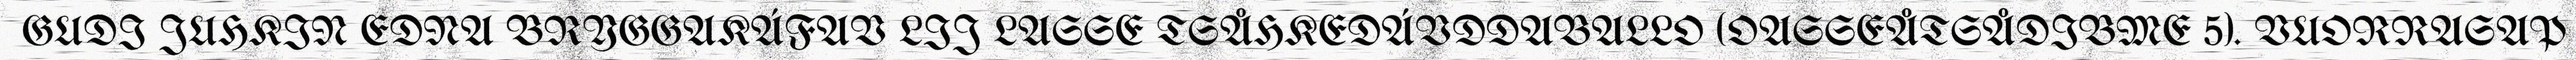
GUDI JUHKIN EDNA BRYGGAKÁFAV LIJ LASSE TSÅHKEDÁVDDABALLO (OASSEÅTSÅDIBME 5). VUORRASAP